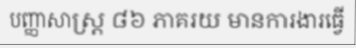
បញ្ញាសាស្ត្រ ៨៦ ភាគរយ មានការងារធ្វើ